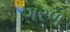
ગરળ